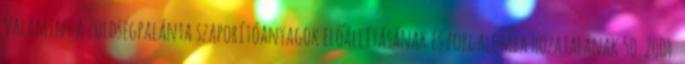
valamint a zöldségpalánta szaporítóanyagok előállításának és forgalomba hozatalának 50 2004.